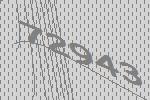
72943